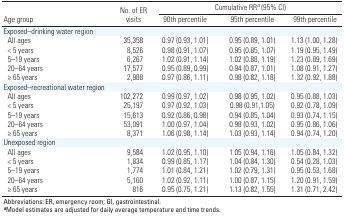
<table><thead><tr><td rowspan="2"><b>Age group</b></td><td rowspan="2"><b>No. of ER visits</b></td><td colspan="3"><b>Cumulative RR<sup><i>a</i></sup> (95% CI)</b></td></tr><tr><td><b>90th percentile</b></td><td><b>95th percentile</b></td><td><b>99th percentile</b></td></tr></thead><tbody><tr><td><b>Exposed–drinking water region</b></td></tr><tr><td><b>All ages</b></td><td>35,358</td><td>0.97 (0.93, 1.01)</td><td>0.95 (0.89, 1.01) </td><td>1.13 (1.00, 1.28)</td></tr><tr><td><b>&lt; 5 years</b></td><td>8,526</td><td>0.98 (0.91, 1.07)</td><td>0.95 (0.85, 1.07)</td><td>1.19 (0.95, 1.49)</td></tr><tr><td><b>5–19 years</b></td><td>6,267</td><td>1.02 (0.91, 1.14)</td><td>1.02 (0.88, 1.19)</td><td>1.23 (0.89, 1.69)</td></tr><tr><td><b>20–64 years</b></td><td>17,577</td><td>0.95 (0.89, 0.99)</td><td>0.94 (0.87, 1.01)</td><td>1.08 (0.91, 1.27)</td></tr><tr><td><b>≥ 65 years</b></td><td>2,988</td><td>0.97 (0.86, 1.11)</td><td>0.98 (0.82, 1.18)</td><td>1.32 (0.92, 1.88)</td></tr><tr><td><b>Exposed–recreational water region</b></td></tr><tr><td><b>All ages</b></td><td>102,272</td><td>0.99 (0.97, 1.02)</td><td>0.98 (0.95, 1.02)</td><td>0.95 (0.88, 1.03)</td></tr><tr><td><b>&lt; 5 years</b></td><td>25,197</td><td>0.97 (0.92, 1.03)</td><td>0.98 (0.91,1.05)</td><td>0.92 (0.78, 1.09)</td></tr><tr><td><b>5–19 years</b></td><td>15,613</td><td>0.92 (0.86, 0.98)</td><td>0.94 (0.85, 1.04)</td><td>0.93 (0.74, 1.15)</td></tr><tr><td><b>20–64 years</b></td><td>53,091</td><td>1.00 (0.97, 1.04)</td><td>0.98 (0.93, 1.02)</td><td>0.95 (0.86, 1.06)</td></tr><tr><td><b>≥ 65 years</b></td><td>8,371</td><td>1.06 (0.98, 1.14)</td><td>1.03 (0.93, 1.14)</td><td>0.94 (0.74, 1.20)</td></tr><tr><td><b>Unexposed region</b></td></tr><tr><td><b>All ages</b></td><td>9,584</td><td>1.02 (0.95, 1.10)</td><td>1.05 (0.94, 1.16)</td><td>1.05 (0.84, 1.32)</td></tr><tr><td><b>&lt; 5 years</b></td><td>1,834</td><td>0.99 (0.85, 1.17)</td><td>1.04 (0.84, 1.30)</td><td>0.54 (0.28, 1.03)</td></tr><tr><td><b>5–19 years</b></td><td>1,774</td><td>1.01 (0.84, 1.21)</td><td>1.02 (0.79, 1.31)</td><td>0.95 (0.53, 1.68)</td></tr><tr><td><b>20–64 years</b></td><td>5,160</td><td>1.02 (0.92, 1.11)</td><td>1.00 (0.87, 1.15)</td><td>1.20 (0.91, 1.59)</td></tr><tr><td><b>≥ 65 years</b></td><td>816</td><td>0.95 (0.75, 1.21)</td><td>1.13 (0.82, 1.55)</td><td>1.31 (0.71, 2.42)</td></tr><tr><td colspan="5">Abbreviations: ER, emergency room; GI, gastrointestinal. <sup><i><b>a</b></i></sup>Model estimates are adjusted for daily average temperature and time trends.</td></tr></tbody></table>